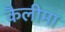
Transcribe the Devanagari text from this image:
कैलीमा